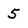
Character: 5